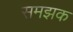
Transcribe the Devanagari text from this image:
समझक